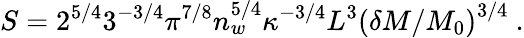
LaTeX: S=2^{5/4}3^{-3/4}\pi^{7/8}n_{w}^{5/4}\kappa^{-3/4}L^{3}\left(\delta M/M_{0}\right)^{3/4}\ .